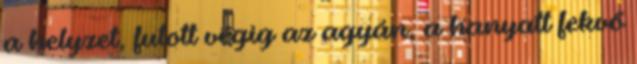
a helyzet, futott végig az agyán, a hanyatt fekvő